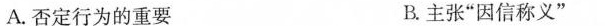
A.否定行为的重要 B.主张”因信称义”